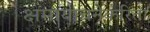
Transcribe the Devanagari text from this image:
क्षमायाचनेकरिता